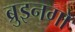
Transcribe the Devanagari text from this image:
ब्रुइनगो